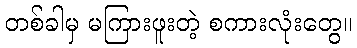
တစ်ခါမှ မကြားဖူးတဲ့ စကားလုံးတွေ။